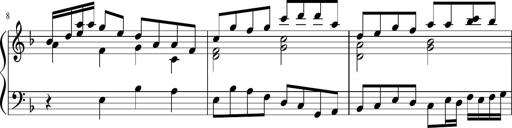
Title: Sonatina in F major
Composer: Ethan Ngo
Key: F major